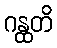
ဂန္ထတိ